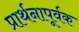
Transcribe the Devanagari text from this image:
प्रार्थनापूर्वक